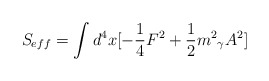
\begin{align*}S_{eff}=\int{d^{4}x[-\frac{1}{4}F^{2}+\frac{1}{2}{m^{2}}_{\gamma}A^{2}]}\end{align*}